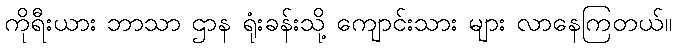
ကိုရီးယား ဘာသာ ဌာန ရုံးခန်းသို့ ကျောင်းသား များ လာနေကြတယ်။